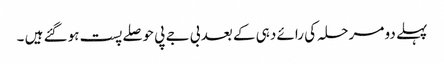
پہلے دو مرحلہ کی رائے دہی کے بعد بی جے پی حوصلے پست ہوگئے ہیں ۔